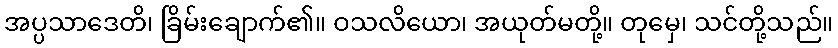
အပ္ပသာဒေတိ၊ ခြိမ်းချောက်၏။ ဝသလိယော၊ အယုတ်မတို့။ တုမှေ၊ သင်တို့သည်။